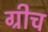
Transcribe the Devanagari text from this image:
ग्रीच